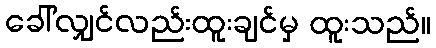
ခေါ်လျှင်လည်းထူးချင်မှ ထူးသည်။